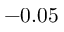
- 0 . 0 5